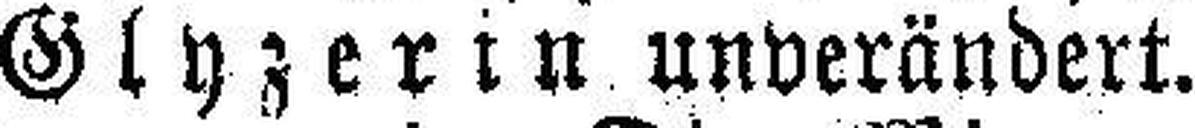
Glyzerin unverändert.